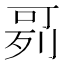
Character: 𠶘